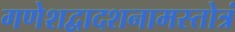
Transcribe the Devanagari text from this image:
गणेशद्वादशनामस्तोत्रं